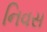
નિવસ